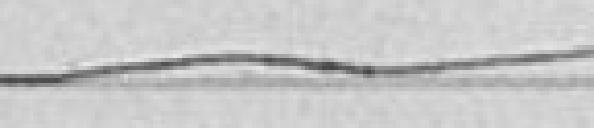
l'éclairage électrique, notamment en ce qui concern la procédure à suivre